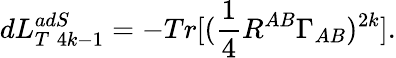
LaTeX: dL_{T\; 4k-1}^{adS}=-Tr[(\frac{1}{4}R^{AB}\Gamma_{AB})^{2k}].